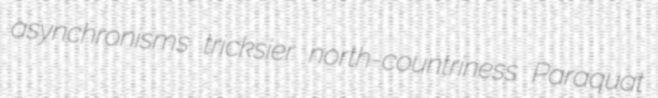
asynchronisms tricksier north-countriness Paraquat